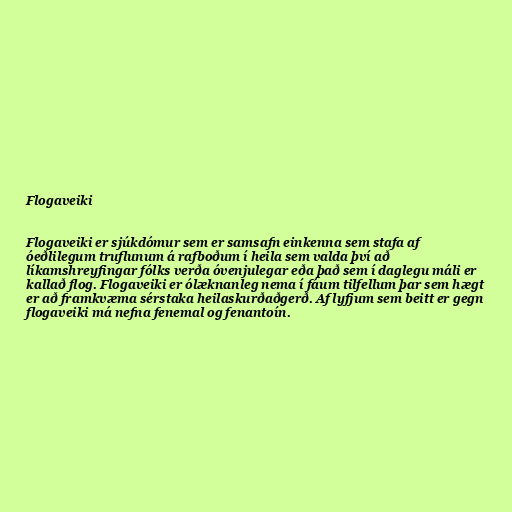
Flogaveiki

Flogaveiki er sjúkdómur sem er samsafn einkenna sem stafa af
óeðlilegum truflunum á rafboðum í heila sem valda því að
líkamshreyfingar fólks verða óvenjulegar eða það sem í daglegu máli er
kallað flog. Flogaveiki er ólæknanleg nema í fáum tilfellum þar sem hægt
er að framkvæma sérstaka heilaskurðaðgerð. Af lyfjum sem beitt er gegn
flogaveiki má nefna fenemal og fenantoín.